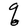
Character: q